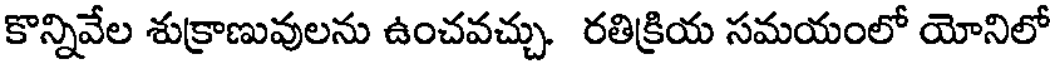
కొన్నివేల శుక్రాణువులను ఉంచవచ్చు. రతిక్రియ సమయంలో యోనిలో